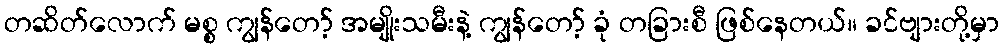
တဆိတ်လောက် မစ္စ ကျွန်တော့် အမျိုးသမီးနဲ့ ကျွန်တော့် ခုံ တခြားစီ ဖြစ်နေတယ်။ ခင်ဗျားတို့မှာ